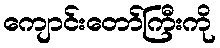
ကျောင်းတော်ကြီးကို